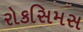
રોકસિમસ